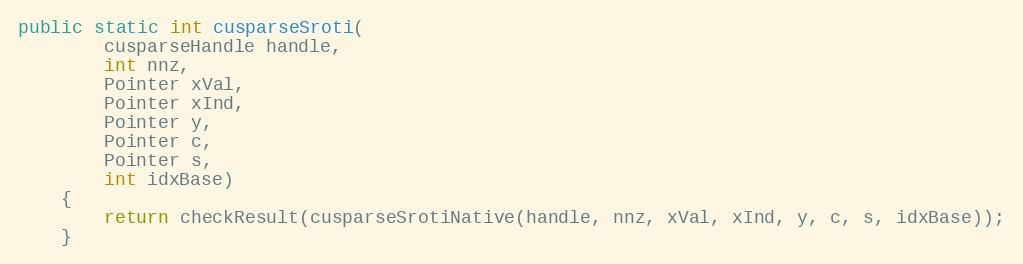
Language: Java
public static int cusparseSroti(
        cusparseHandle handle,
        int nnz,
        Pointer xVal,
        Pointer xInd,
        Pointer y,
        Pointer c,
        Pointer s,
        int idxBase)
    {
        return checkResult(cusparseSrotiNative(handle, nnz, xVal, xInd, y, c, s, idxBase));
    }